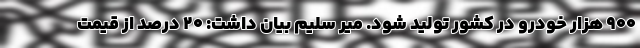
900 هزار خودرو در کشور تولید شود. میر سلیم بیان داشت: 20 درصد از قیمت